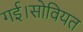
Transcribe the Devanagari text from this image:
गई।सोवियत